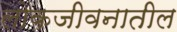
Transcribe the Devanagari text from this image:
लोकजीवनातील